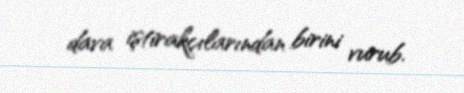
dava iştirakçılarından birini vurub.